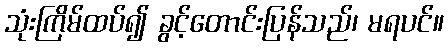
သုံးကြိမ်ထပ်၍ ခွင့်တောင်းပြန်သည်၊ မရပင်။